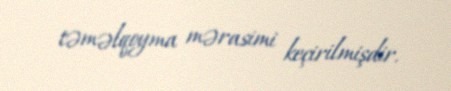
təməlqoyma mərasimi keçirilmişdir.